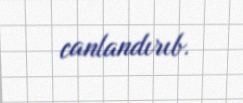
canlandırıb.